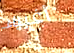
أغبياء